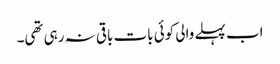
اب پہلے والی کوئی بات باقی نہ رہی تھی۔